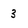
Character: 3